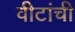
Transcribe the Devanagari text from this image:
वीटांची